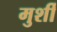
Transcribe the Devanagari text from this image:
मुर्शी